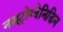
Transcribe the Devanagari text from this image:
नाइट्रोग्वेनिडिन